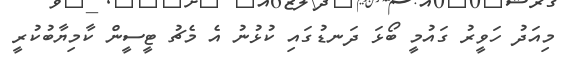
މިއަދު ހަވީރު ގައުމީ ބޯޅަ ދަނޑުގައި ކުޅުނު އެ މެޗު ޓީސީން ކާމިޔާބުކުރީ